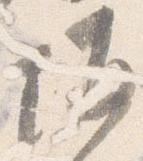
垣